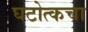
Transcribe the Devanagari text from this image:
घटोत्कचा